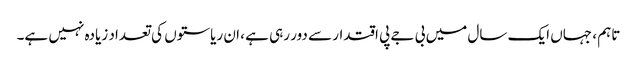
تاہم ، جہاں ایک سال میں بی جے پی اقتدار سے دور رہی ہے ، ان ریاستوں کی تعداد زیادہ نہیں ہے۔